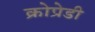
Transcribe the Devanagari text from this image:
क्रोप्रेडी